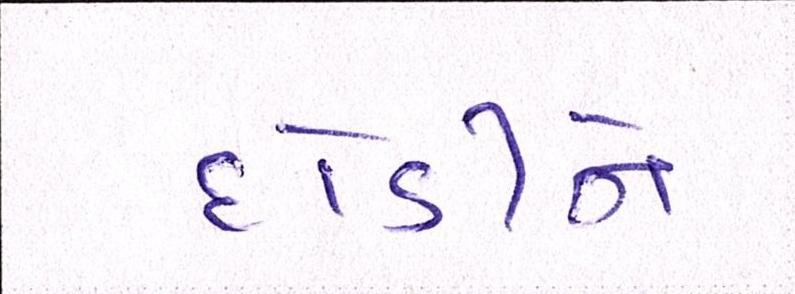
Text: દોડીને